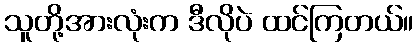
သူတို့အားလုံးက ဒီလိုပဲ ထင်ကြတယ်။